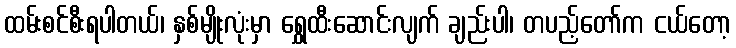
ထမ်းစင်စီးရပါတယ်၊ နှစ်မျိုးလုံးမှာ ရွှေထီးဆောင်းလျက် ချည်းပါ၊ တပည့်တော်က ငယ်တော့